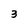
Character: 3